Insane asylums Bombay 1873-77 - 1873-1877
Year: 1873
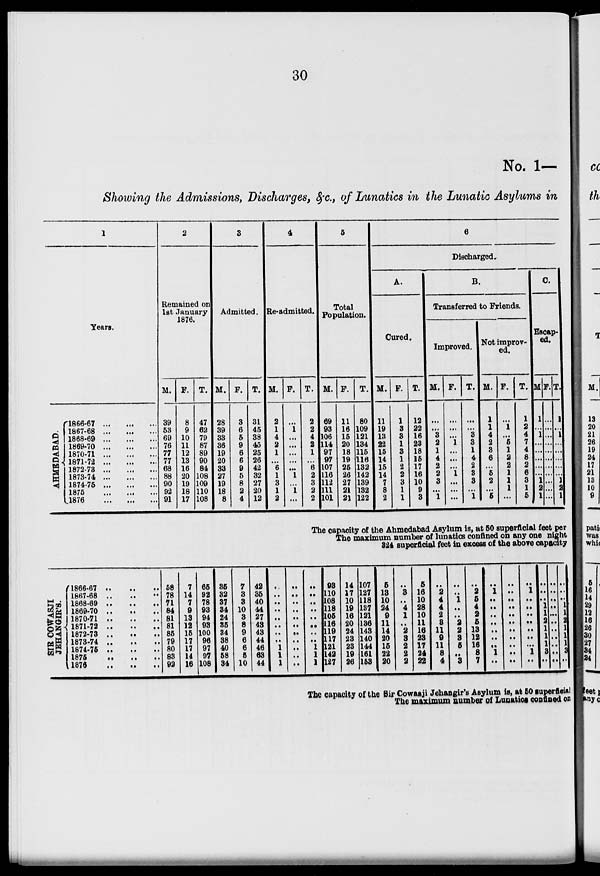
30
No. 1—
Showing the Admissions, Discharges, &c., of Lunatics in the Lunatic Asylums in
1
Years.
AHMEDABAD.
1866-67 ... ... ...
1867-68 ... ... ...
1868-69 ... ... ...
1869-70 ... ... ...
1870-71 ... ... ...
1871-72 ... ... ...
1872-73 ... ... ...
1873-74 ... ... ...
1874-75 ... ... ...
1875 ... ... ...
1876 ... ... ...
2
Remained on
1st January
1876.
M.
39
53
69
76
77
77
68
88
90
92
91
F.
8
9
10
11
12
13
16
20
19
18
17
T.
47
62
79
87
89
90
84
108
109
110
108
3
Admitted.
M.
28
39
33
36
19
20
33
27
19
18
8
F.
3
6
5
9
6
6
9
5
8
2
4
T.
31
45
38
45
25
26
42
32
27
20
12
4
Re-admitted.
M.
2
1
4
2
1
...
6
1
3
1
2
F.
...
1
...
...
...
...
...
1
...
1
...
T.
2
2
4
2
1
...
6
2
3
2
2
5
Total
Population.
M.
69
93
106
114
97
97
107
116
112
111
101
F.
11
16
15
20
18
19
25
26
27
21
21
T.
80
109
121
134
115
116
132
142
139
132
122
6
Discharged.
A.
Cured.
M.
11
19
13
22
15
14
15
14
7
8
2
F.
1
3
8
1
3
1
2
2
3
1
1
T.
12
22
16
23
18
15
17
16
10
9
3
B.
Transferred to Friends.
Improved.
M.
...
...
3
2
1
4
2
2
3
...
1
F.
...
...
...
1
...
...
...
1
...
...
...
T.
...
...
3
3
1
4
2
3
3
...
1
Not improv-
ed.
M.
1
1
4
2
3
6
...
5
2
...
5
F.
...
1
...
5
1
2
2
1
1
1
...
T.
1
2
4
7
4
8
2
6
3
1
5
C.
Escap-
ed.
M.
1
...
1
...
...
...
...
...
1
2
1
F.
...
...
...
...
...
...
...
...
...
...
...
T.
1
...
1
...
...
...
...
...
1
2
1
The capacity of the Ahmedabad Asylum is, at 50 superficial feet per
The maximum number of lunatics confined on any one night
324 superficial feet in excess of the above capacity
SIR COWASJI
JEHANGIR'S.
1866-67 .. .. ..
1867-68 .. .. ..
1868-69 .. .. ..
1869-70 .. .. ..
1870-71 .. .. ..
1871-72 .. .. ..
1872-73 .. .. ..
1873-74 .. .. ..
1874-75 .. .. ..
1875 .. .. ..
1876 .. .. ..
58
78
71
84
81
81
85
79
80
83
92
7
14
7
9
13
12
15
17
17
14
16
65
92
78
93
94
93
100
96
97
97
108
35
32
37
34
24
35
34
38
40
58
34
7
3
3
10
3
8
9
6
6
5
10
42
35
40
44
27
43
43
44
46
63
44
..
..
..
..
..
..
..
..
1
1
1
..
..
..
..
..
..
..
..
..
..
..
..
..
..
..
..
..
..
..
1
1
1
93
110
108
118
105
116
119
117
121
142
127
14
17
10
19
16
20
24
23
23
19
26
107
127
118
137
121
136
143
140
144
161
153
5
13
10
24
9
11
14
20
15
22
20
..
3
..
4
1
..
2
3
2
2
2
5
16
10
28
10
11
16
23
17
24
22
..
2
4
4
2
3
11
9
11
8
4
..
..
1
..
..
2
2
3
5
..
3
..
2
5
4
2
5
13
12
16
8
7
..
1
..
..
..
..
..
..
..
1
..
..
..
..
..
..
..
..
..
..
..
..
..
1
..
..
..
..
..
..
..
1
..
..
..
..
1
1
2
1
1
1
3
..
..
..
..
..
..
..
..
..
..
..
..
..
..
..
1
1
2
1
1
1
3
..
The capacity of the Sir Cowasji Jehangir's Asylum is, at 50 superficial
The maximum number of Lunatics confined on